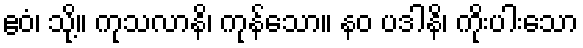
ဧဝံ၊ သို့။ ကုသလာနိ၊ ကုန်သော။ နဝ ပဒါနိ၊ ကိုးပါးသော